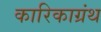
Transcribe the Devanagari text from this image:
कारिकाग्रंथ